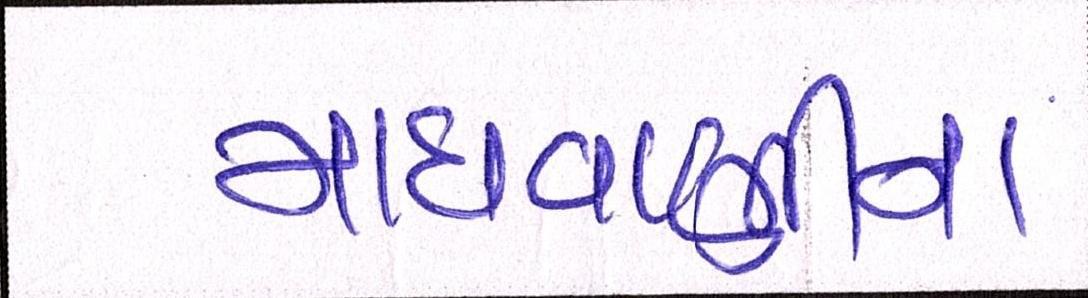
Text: માધવાણીના